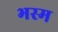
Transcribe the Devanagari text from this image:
भस्‍म